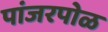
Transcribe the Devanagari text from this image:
पांजरपोळ